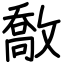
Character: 敿